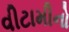
વીટામીનો